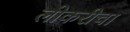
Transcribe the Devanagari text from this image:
लोकरीचा